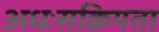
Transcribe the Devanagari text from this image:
अधःसक्रियता